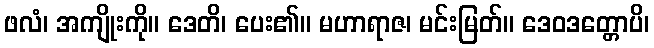
ဖလံ၊ အကျိုးကို။ ဒေတိ၊ ပေး၏။ မဟာရာဇ၊ မင်းမြတ်။ ဒေဝဒတ္တောပိ၊